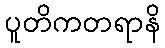
ပူတိကတရာနိ